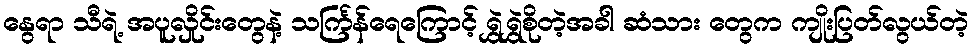
နွေရာ သီရဲ့ အပူလှိုင်းတွေနဲ့ သင်္ကြန်ရေကြောင့် ရွှဲရွှဲစိုတဲ့အခါ ဆံသား တွေက ကျိုးပြတ်လွယ်တဲ့